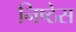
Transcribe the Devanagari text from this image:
निष्ठेस